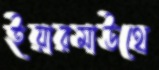
ইয়ারমাউথে